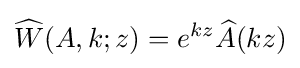
{\widehat {W}}(A,k;z)=e^{kz}{\widehat {A}}(kz)